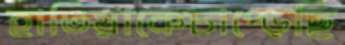
হাতিয়াকেচাপ্‌ড়েছি